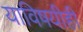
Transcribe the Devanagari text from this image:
याविषयीही